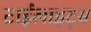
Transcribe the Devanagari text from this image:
टाईलाइट्स